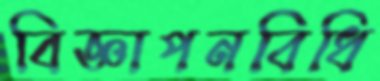
বিজ্ঞাপনবিধি